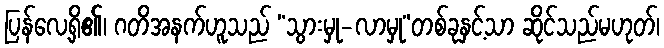
ပြန်လေ့ရှိ၏၊ ဂတိအနက်ဟူသည် “သွားမှု-လာမှု”တစ်ခုနှင့်သာ ဆိုင်သည်မဟုတ်၊